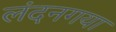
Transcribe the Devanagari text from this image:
लंदनगया